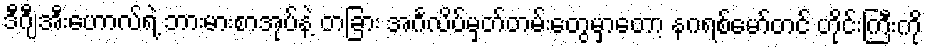
ဒီဂျီအီးဟောလ်ရဲ့ ဘားမားစာအုပ်နဲ့ တခြား အင်္ဂလိပ်မှတ်တမ်းတွေမှာတော့ နဂရစ်မော်တင် ဟိုင်းကြီးကို